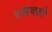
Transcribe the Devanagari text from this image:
रसवती